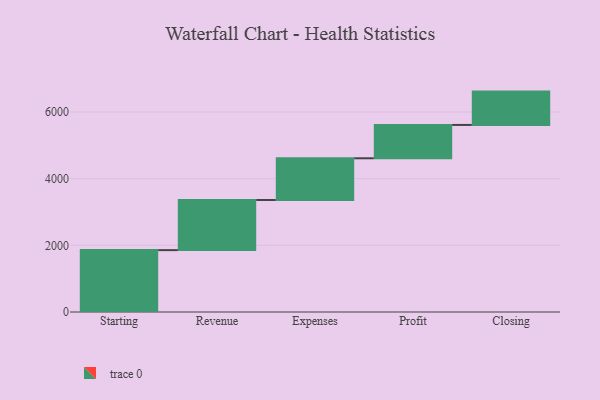
{"axis": {"x": "Step", "y": "Value"}, "legend": [""], "data": [{"x": "Starting", "y": 1856.0, "type": ""}, {"x": "Revenue", "y": 1503.0, "type": ""}, {"x": "Expenses", "y": 1252.0, "type": ""}, {"x": "Profit", "y": 1000, "type": ""}, {"x": "Closing", "y": 1000, "type": ""}]}